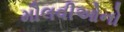
મૌલવીઓનો